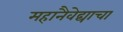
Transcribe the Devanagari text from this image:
महानैवेद्याचा